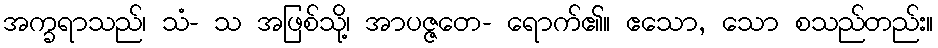
အက္ခရာသည်၊ သံ- သ အဖြစ်သို့၊ အာပဇ္ဇတေ- ရောက်၏။ ဧသော, သော စသည်တည်း။